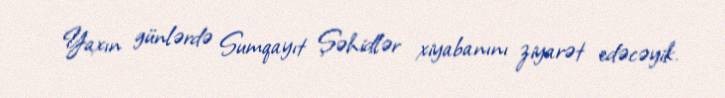
Yaxın günlərdə Sumqayıt Şəhidlər xiyabanını ziyarət edəcəyik.